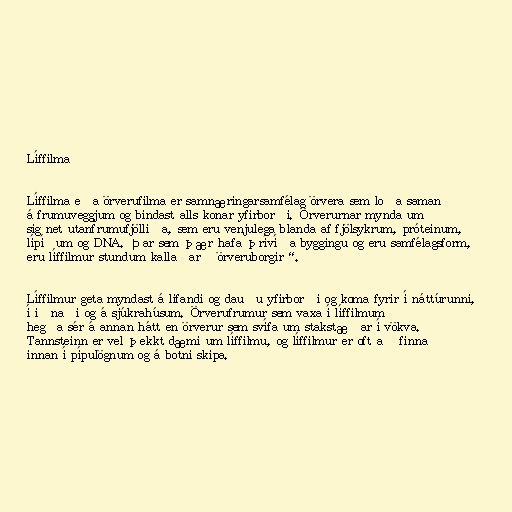
Líffilma

Líffilma eða örverufilma er samnæringarsamfélag örvera sem loða saman
á frumuveggjum og bindast alls konar yfirborði. Örverurnar mynda um
sig net utanfrumufjölliða, sem eru venjulega blanda af fjölsykrum, próteinum,
lípíðum og DNA. Þar sem þær hafa þrívíða byggingu og eru samfélagsform,
eru líffilmur stundum kallaðar „örveruborgir“.

Líffilmur geta myndast á lifandi og dauðu yfirborði og koma fyrir í náttúrunni,
í iðnaði og á sjúkrahúsum. Örverufrumur sem vaxa í líffilmum
hegða sér á annan hátt en örverur sem svífa um stakstæðar í vökva.
Tannsteinn er vel þekkt dæmi um líffilmu, og líffilmur er oft að finna
innan í pípulögnum og á botni skipa.